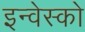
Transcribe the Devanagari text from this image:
इन्वेस्को